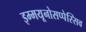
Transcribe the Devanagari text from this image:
इम्मयूनोसप्पेस्सिव